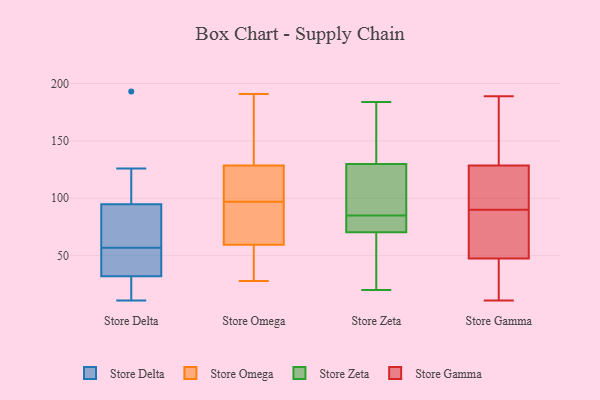
{"axis": {"x": "Operating Costs (USD K)", "y": "Value"}, "legend": ["Store Delta", "Store Gamma", "Store Omega", "Store Zeta"], "data": [{"x": "", "y": 29, "type": "Store Delta"}, {"x": "", "y": 117, "type": "Store Delta"}, {"x": "", "y": 96, "type": "Store Delta"}, {"x": "", "y": 50, "type": "Store Delta"}, {"x": "", "y": 41, "type": "Store Delta"}, {"x": "", "y": 13, "type": "Store Delta"}, {"x": "", "y": 57, "type": "Store Delta"}, {"x": "", "y": 193, "type": "Store Delta"}, {"x": "", "y": 91, "type": "Store Delta"}, {"x": "", "y": 11, "type": "Store Delta"}, {"x": "", "y": 49, "type": "Store Delta"}, {"x": "", "y": 28, "type": "Store Delta"}, {"x": "", "y": 76, "type": "Store Delta"}, {"x": "", "y": 126, "type": "Store Delta"}, {"x": "", "y": 57, "type": "Store Delta"}, {"x": "", "y": 51, "type": "Store Omega"}, {"x": "", "y": 64, "type": "Store Omega"}, {"x": "", "y": 74, "type": "Store Omega"}, {"x": "", "y": 55, "type": "Store Omega"}, {"x": "", "y": 122, "type": "Store Omega"}, {"x": "", "y": 138, "type": "Store Omega"}, {"x": "", "y": 136, "type": "Store Omega"}, {"x": "", "y": 182, "type": "Store Omega"}, {"x": "", "y": 97, "type": "Store Omega"}, {"x": "", "y": 191, "type": "Store Omega"}, {"x": "", "y": 61, "type": "Store Omega"}, {"x": "", "y": 126, "type": "Store Omega"}, {"x": "", "y": 119, "type": "Store Omega"}, {"x": "", "y": 30, "type": "Store Omega"}, {"x": "", "y": 99, "type": "Store Omega"}, {"x": "", "y": 88, "type": "Store Omega"}, {"x": "", "y": 28, "type": "Store Omega"}, {"x": "", "y": 88, "type": "Store Zeta"}, {"x": "", "y": 134, "type": "Store Zeta"}, {"x": "", "y": 82, "type": "Store Zeta"}, {"x": "", "y": 40, "type": "Store Zeta"}, {"x": "", "y": 67, "type": "Store Zeta"}, {"x": "", "y": 102, "type": "Store Zeta"}, {"x": "", "y": 126, "type": "Store Zeta"}, {"x": "", "y": 184, "type": "Store Zeta"}, {"x": "", "y": 81, "type": "Store Zeta"}, {"x": "", "y": 74, "type": "Store Zeta"}, {"x": "", "y": 20, "type": "Store Zeta"}, {"x": "", "y": 141, "type": "Store Zeta"}, {"x": "", "y": 31, "type": "Store Gamma"}, {"x": "", "y": 189, "type": "Store Gamma"}, {"x": "", "y": 189, "type": "Store Gamma"}, {"x": "", "y": 67, "type": "Store Gamma"}, {"x": "", "y": 94, "type": "Store Gamma"}, {"x": "", "y": 54, "type": "Store Gamma"}, {"x": "", "y": 39, "type": "Store Gamma"}, {"x": "", "y": 119, "type": "Store Gamma"}, {"x": "", "y": 165, "type": "Store Gamma"}, {"x": "", "y": 87, "type": "Store Gamma"}, {"x": "", "y": 98, "type": "Store Gamma"}, {"x": "", "y": 79, "type": "Store Gamma"}, {"x": "", "y": 93, "type": "Store Gamma"}, {"x": "", "y": 11, "type": "Store Gamma"}, {"x": "", "y": 138, "type": "Store Gamma"}, {"x": "", "y": 96, "type": "Store Gamma"}, {"x": "", "y": 68, "type": "Store Gamma"}, {"x": "", "y": 144, "type": "Store Gamma"}, {"x": "", "y": 25, "type": "Store Gamma"}, {"x": "", "y": 41, "type": "Store Gamma"}]}